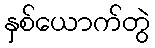
နှစ်ယောက်တွဲ